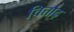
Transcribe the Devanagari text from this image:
चित्तौढ़